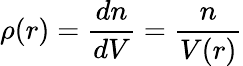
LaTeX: \rho(r)=\frac{dn}{dV}=\frac{n}{V(r)}